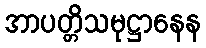
အာပတ္တိသမုဋ္ဌာနေန